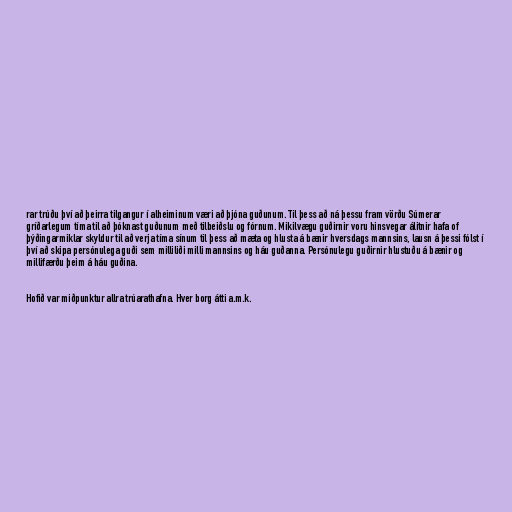
rar trúðu því að þeirra tilgangur í alheiminum væri að þjóna guðunum. Til þess að ná þessu fram vörðu Súmerar
gríðarlegum tíma til að þóknast guðunum með tilbeiðslu og fórnum. Mikilvægu guðirnir voru hinsvegar álitnir hafa of
þýðingarmiklar skyldur til að verja tíma sínum til þess að mæta og hlusta á bænir hversdags mannsins, lausn á þessi fólst í
því að skipa persónulega guði sem milliliði milli mannsins og háu guðanna. Persónulegu guðirnir hlustuðu á bænir og
millifærðu þeim á háu guðina.

Hofið var miðpunktur allra trúarathafna. Hver borg átti a.m.k.